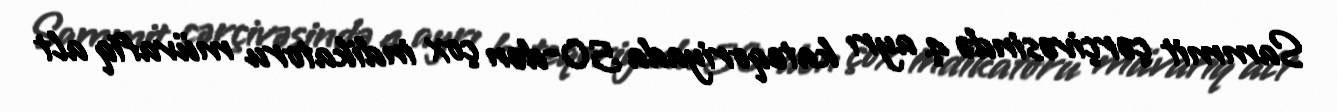
Sammit çərçivəsində 4 ayrı kateqoriyada 50-dən çox indikatoru müvafiq alt